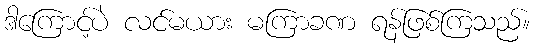
ဒါကြောင့်ပဲ လင်မယား မကြာခဏ ရန်ဖြစ်ကြသည်။